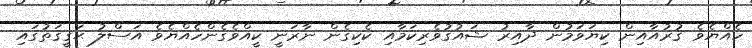
ހެއްޔެވެ ޤުރުއާއިން ކިޔަވަމުން ދާއިރު ޝައުޤުވެރިކަމާއި ކެކިގެން ނާރަނީ ކީއްވެގެންހެއްޔެވެ އަސްލު ޙަޤީޤަތުގައި